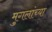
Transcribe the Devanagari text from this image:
मुगलांच्या